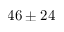
4 6 \pm 2 4